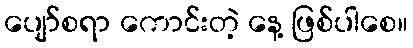
ပျော်စရာ ကောင်းတဲ့ နေ့ ဖြစ်ပါစေ။